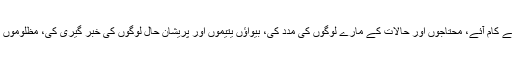
آپ ہمیشہ لوگوں کے کام آئے، محتاجوں اور حالات کے مارے لوگوں کی مدد کی، بیواؤں یتیموں اور پریشان حال لوگوں کی خبر گیری کی، مظلوموں کو ظلم سے بچایا ۔